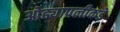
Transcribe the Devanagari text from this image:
ओढ्यापलीकडे